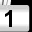
Digit: 1